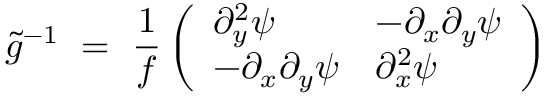
\tilde { g } ^ { - 1 } \ = \ \frac 1 f \left( \begin{array} { l l } { \partial _ { y } ^ { 2 } \psi } & { - \partial _ { x } \partial _ { y } \psi } \\ { - \partial _ { x } \partial _ { y } \psi } & { \partial _ { x } ^ { 2 } \psi } \end{array} \right)